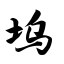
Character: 坞